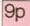
9p